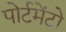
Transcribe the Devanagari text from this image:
पोर्टमेंटो